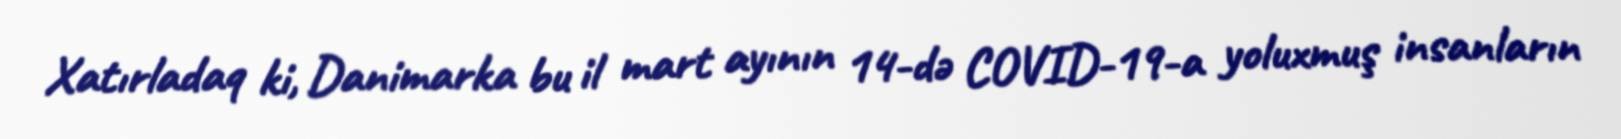
Xatırladaq ki, Danimarka bu il mart ayının 14-də COVID-19-a yoluxmuş insanların